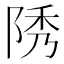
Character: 𨹳